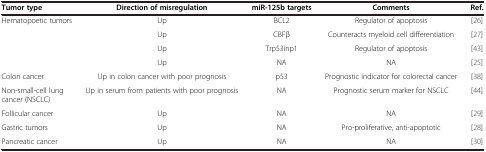
| Tumor type | Direction of misregulation | miR-125b targets | Comments | Ref. |
 | --- | --- | --- | --- | --- |
 | Hematopoetic tumors | Up | BCL2 | Regulator of apoptosis | [26] |
 |  | Up | CBFβ | Counteracts myeloid cell differentiation | [27] |
 |  | Up | Trp53inp1 | Regulator of apoptosis | [43] |
 |  | Up | NA | NA | [25] |
 | Colon cancer | Up in colon cancer with poor prognosis | p53 | Prognostic indicator for colorectal cancer | [38] |
 | Non-small-cell lung cancer (NSCLC) | Up in serum from patients with poor prognosis | NA | Prognostic serum marker for NSCLC | [44] |
 | Follicular cancer | Up | NA | NA | [29] |
 | Gastric tumors | Up | NA | Pro-proliferative, anti-apoptotic | [28] |
 | Pancreatic cancer | Up | NA | NA | [30] |